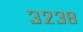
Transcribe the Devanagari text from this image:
३२३८